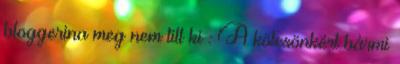
bloggerina meg nem tilt ki : A kölcsönkért bármi